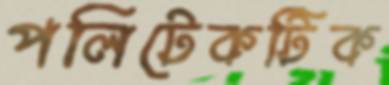
পলিটেকটিক